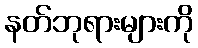
နတ်ဘုရားများကို